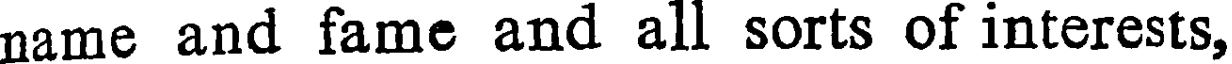
name and fame and all sorts of interests,